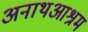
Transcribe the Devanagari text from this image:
अनाथआश्रम